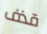
قذف